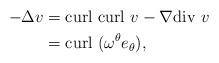
LaTeX: \begin{align*}-\Delta v&=\textrm{curl}\ \textrm{curl}\ v-\nabla \textrm{div}\ v \\&=\textrm{curl}\ (\omega^{\theta}e_{\theta}),\end{align*}